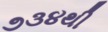
૭૩૪થી